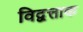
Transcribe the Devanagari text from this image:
विद्वत्ताक